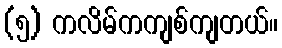
(၅) ကလိမ်ကကျစ်ကျတယ်။